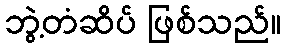
ဘွဲ့တံဆိပ် ဖြစ်သည်။